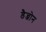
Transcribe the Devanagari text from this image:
डैन्जोन